Lunatic asylums Bombay report 1878-1890 - 1878-1890
Year: 1878
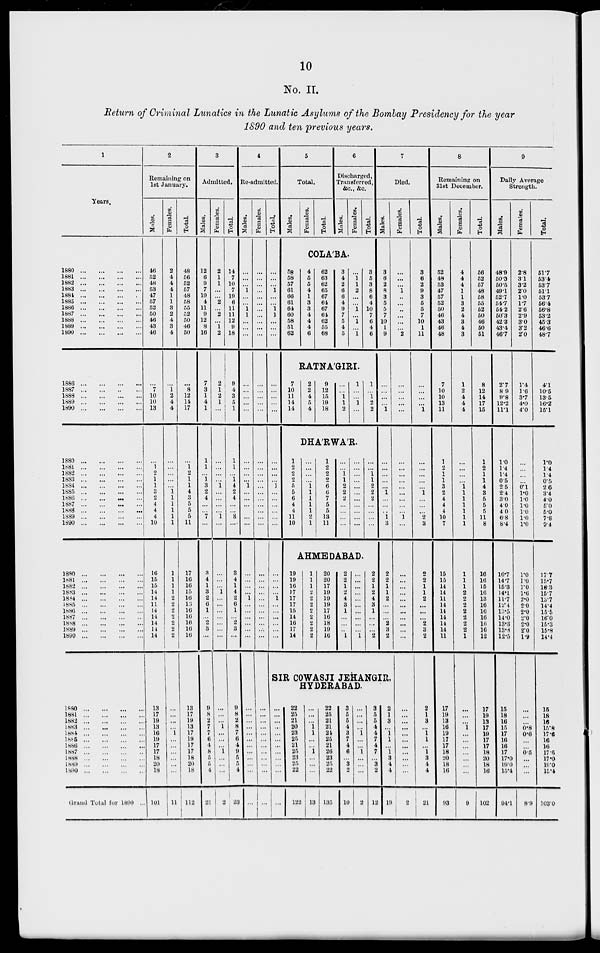
10
No. II.
Return of Criminal Lunatics in the Lunatic Asylums of the Bombay Presidency for the year
1890 and ten previous years.
1
Years.
1880 ... ... ... ...
1881 ... ... ... ...
1882 ... ... ... ...
1883 ... ... ... ...
1884 ... ... ... ...
1885 ... ... ... ...
1886 ... ... ... ...
1887 ... ... ... ...
1888 ... ... ... ...
1889 ... ... ... ...
1890 ... ... ... ...
1886 ... ... ... ...
1887 ... ... ... ...
1888 ... ... ... ...
1889 ... ... ... ...
1890 ... ... ... ...
1880 ... ... ... ...
1881 ... ... ... ...
1882 ... ... ... ...
1883 ... ... ... ...
1884 ... ... ... ...
1885 ... ... ... ...
1886 ... ... ... ...
1887 ... ... ... ...
1888 ... ... ... ...
1889 ... ... ... ...
1890 ... ... ... ...
1880 ... ... ... ...
1881 ... ... ... ...
1882 ... ... ... ...
1883 ... ... ... ...
1884 ... ... ... ...
1885 ... ... ... ...
1886 ... ... ... ...
1887 ... ... ... ...
1888 ... ... ... ...
1889 ... ... ... ...
1890 ... ... ... ...
1880 ... ... ... ...
1881 ... ... ... ...
1882 ... ... ... ...
1883 ... ... ... ...
1884 ... ... ... ...
1885 ... ... ... ...
1886 ... ... ... ...
1887 ... ... ... ...
1888 ... ... ... ...
1889 ... ... ... ...
1890 ... ... ... ...
Grand Total for 1890 ...
2
Remaining on
1st January.
Males.
46
52
48
53
47
57
52
50
46
43
46
...
7
10
10
13
...
1 2
1
1
3
2
4
4
4
10
16
15
15
14
14
11
14
14
14
14
14
13
17
19
13
16
19
17
17
18
20
18
101
Females.
2
4
4
4
1
1
3
2
4
3
4
...
1
2
4
4
...
...
...
...
...
1 1
1
1
1
1
1
1
1
1
2
2
2
2
2
2
2
...
...
...
...
1
...
...
...
...
... ...
11
Total.
48
56
52
57
48
58
55
52
50
46
50
...
8
12
14
17
...
1 2
1
1
4
3
5
5
5
11
17
16
16
15
16
13
16
16
16
16
16
13
17
19
13
17
19
17
17
18
20
18
112
3
Admitted.
Males.
12
6
9
7
19
4
11
9
12
8
16
7
3
1
4
1
1
1
...
1
3
2
4
...
...
7
...
3
4
1
3
2
6
1
...
2
3
...
9
8
2
7
7
6
4
8
5
5
4
21
Females.
2
1
1
...
...
2
...
2
...
1
2
2
1
2
1
...
...
...
...
...
1
...
...
...
...
1 ...
...
...
1 ...
...
...
...
...
...
...
...
...
...
1
...
...
...
1
...
...
...
2
Total.
14
7
10
7
19
6
11
11
12
9
18
9
4
3
5
1
1
1
...
1 4
2
4
...
...
8
...
3
4
1
4
2
6
1
...
2
3
...
9
8
2
8
7
6
4
9
5
5
4
23
4
Re-admitted.
Males.
...
...
...
1
...
...
1
1
...
...
...
...
...
...
...
...
...
...
...
...
1 ...
...
...
...
...
...
...
...
...
...
1
...
...
...
...
...
...
...
...
...
...
...
...
...
...
...
... ...
...
Females.
...
...
...
...
...
...
...
...
...
...
...
...
...
...
...
...
...
...
...
...
...
...
...
...
...
...
...
...
...
...
...
...
...
...
...
...
...
...
...
...
...
...
...
...
...
...
...
...
...
...
Total.
...
...
...
1
...
...
1
1
...
...
...
...
...
...
...
...
...
...
...
...
1 ...
...
...
...
...
...
...
...
...
...
1 ...
...
...
...
...
...
5
Total.
Males.
Females.
Total.
6
Discharged,
Transferred,
&c., &c.
Males.
Females.
Total.
COLA'BA.
58
58
57
61
66
61
64
60
58
51
62
4
5
5
4
1
3
3
4
4
4
6
62
63
62
65
67
64
67
61
62
55
68
3
4
2
6
6
4
9
7
5
4
5
...
1
1
2
...
...
1
...
1
...
1
3
5
3
8
6
4
10
7
6
4
6
RATNAGIRI.
7
10
11
14
14
2
2
4
5
4
9
12
15
19
18
...
...
1
1
2
1
...
...
1
...
1
...
1
2
2
DHARWAR.
1
2
2
2
5
5
6
4
4
11
10
...
...
...
...
1 1
1
1
1
2
1
1
2
2
2
6
6
7
5
5
13
11
...
...
1 1
2
2
2
...
...
...
...
...
...
...
...
...
...
...
...
...
...
...
...
...
1
1
2
2
2
...
...
...
...
AHMEDABAD.
19
19
16
17
17
17
15
14
16
17
14
1
1
1
2
2
2
2
2
2
2
2
20
20
17
19
19
19
17
16
18
19
16
2
2
1
2
4
3
1
...
...
...
1
...
...
...
...
...
...
...
...
...
...
1
2
2
1
2
4
3
1
...
...
...
2
7
Died.
Males.
3
6
2
8
3
5
5
7
10
1
9
...
...
...
...
1
...
...
...
...
...
1
...
...
...
1 3
2
2
1
1
2
...
...
...
2
3
2
SIR COWASJI JEHANGIR,
HYDERABAD.
...
...
...
...
...
...
...
...
...
... ...
...
22
25
21
20
23
25
21
25
23
25
22
122
...
...
...
1
1
...
...
1
...
...
...
13
22
25
21
21
24
25
21
26
23
25
22
135
3
5
5
4
3
7
4
6
...
3
2
10
...
...
...
...
1
...
...
1 ...
... ...
2
3
5
5
4
4
7
4
7
...
3
2
12
2
1
3
...
1 1
...
1 3
4
4
19
Females.
...
...
...
1 ...
...
...
...
...
...
2
...
...
...
...
...
...
...
...
...
...
...
...
...
...
1
...
...
...
...
...
...
...
...
...
...
...
...
...
...
...
...
...
...
...
...
...
...
...
2
Total.
3
6
2
9
3
5
5
7
10
1
11
...
...
...
...
1
...
...
...
... ...
1
...
...
...
2
3
2
2
1
1
2
...
...
...
2
3
2
2
1
3
...
1
1
...
1
3
1
4
21
8
Remaining on
31st December.
Males.
52
48
53
47
57
52
50
46
43
46
48
7
10
10
13
11
1
2
1
1
3
2
4
4
4
10
7
15
15
14
14
11
14
14
14
14
14
11
17
19
13
16
19
17
17
18
20
18
16
93
Females.
4
4
4
1
1
3
2
4
3
4
3
1
2
4
4
4
...
...
...
...
1 1
1
1
1
1
1
1
1
1
2
2
2
2
2
2
2
1
...
...
...
1
...
...
...
...
...
... ...
9
Total.
56
52
57
48
58
55
52
50
46
50
51
8
12
14
17
15
1
2
1
1
4
3
5
5
5
11
8
16
16
15
16
13
16
16
16
10
16
12
17
19
13
17
19
17
17
18
20
18
16
102
9
Daily Average
Strength.
Males.
48.9
50.3
50.5
49.1
52.7
54.7
54.2
50.3
42.3
43.4
46.7
2.7
8.9
9.8
12.2
11.1
1.0
1.4
1.4
0.5
2.5
2.4
3.0
4.0
4.0
6.8
8.4
16.7
14.7
15.3
14.1
11.7
12.4
13.5
14.0
13.3
13.8
12.5
15
18
16
15
17
16
16
17
17.0
19.0
15.4
94.1
Females.
2.8
3.1
3.2
2.0
1.0
1.7
2.6
2.9
3.0
3.2
2.0
1.4
1.6
3.7
4.0
4.0
...
...
...
...
0.1
1.0
1.0
1.0
1.0
1.0
1.0
1.0
1.0
1.0
1.6
2.0
2.0
2.0
2.0
2.0
2.0
1.9
...
...
...
0.8
0.6
...
...
0.5
...
...
...
8.9
Total.
51.7
53.4
53.7
51.1
53.7
66.4
56.8
53.2
45.3
46.6
48.7
4.1
10.5
13.5
16.2
15.1
1.0
1.4
1.4
0.5
2.6
3.4
4.0
5.0
5.0
7.8
9.4
17.7
15.7
16.3
15.7
13.7
14.4
15.5
16.0
15.3
15.8
14.4
15
18
16
15.8
17.6
16
16
17.5
17.0
19.0
15.4
103.0